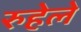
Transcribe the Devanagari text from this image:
रुहेले